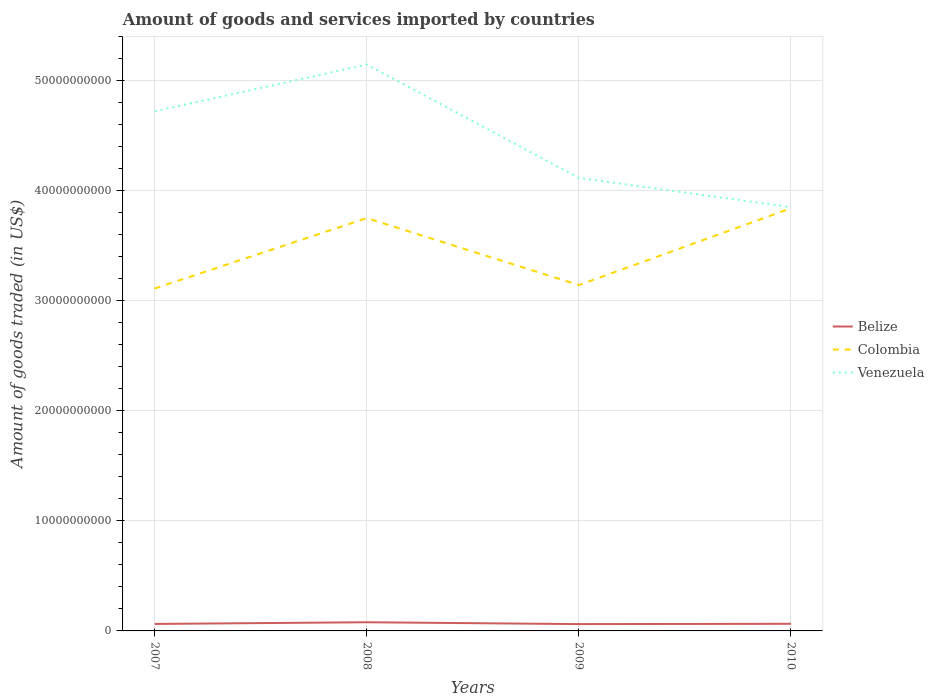
| Years | Belize | Colombia | Venezuela |
 | --- | --- | --- | --- |
 | 2007 | 6.35e+08 | 3.11e+10 | 4.72e+10 |
 | 2008 | 7.88e+08 | 3.75e+10 | 5.15e+10 |
 | 2009 | 6.21e+08 | 3.14e+10 | 4.12e+10 |
 | 2010 | 6.47e+08 | 3.84e+10 | 3.85e+10 |